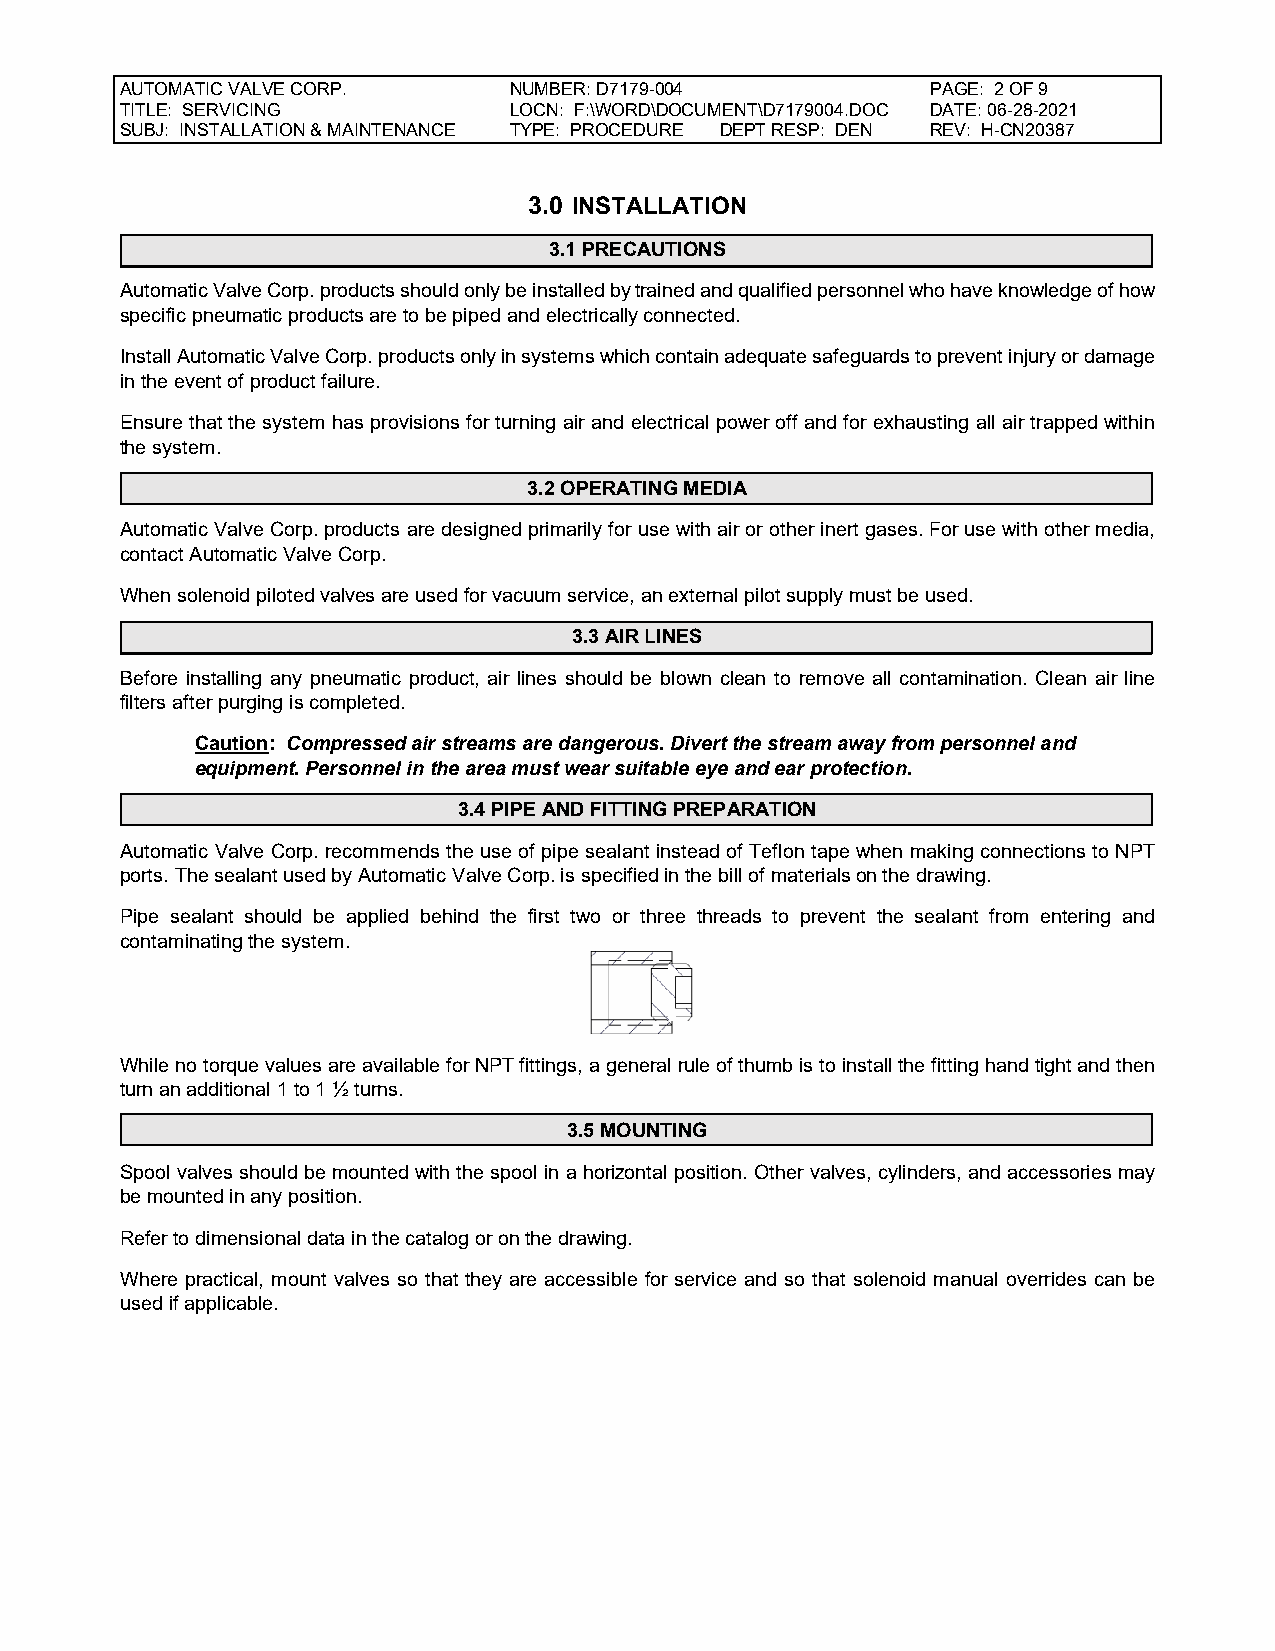
AUTOMATIC VALVE CORP.     NUMBER: D7179-004           PAGE: 2 OF 9
 TITLE: SERVICING          LOCN: F:\WORD\DOCUMENT\D7179004.DOC DATE: 06-28-2021
 SUBJ: INSTALLATION & MAINTENANCE TYPE: PROCEDURE DEPT RESP: DEN REV: H-CN20387
 3.0 INSTALLATION
 3.1 PRECAUTIONS
 Automatic Valve Corp. products should only be installed by trained and qualified personnel who have knowledge of how
 specific pneumatic products are to be piped and electrically connected.
 Install Automatic Valve Corp. products only in systems which contain adequate safeguards to prevent injury or damage
 in the event of product failure.
 Ensure that the system has provisions for turning air and electrical power off and for exhausting all air trapped within
 the system.
 3.2 OPERATING MEDIA
 Automatic Valve Corp. products are designed primarily for use with air or other inert gases. For use with other media,
 contact Automatic Valve Corp.
 When solenoid piloted valves are used for vacuum service, an external pilot supply must be used.
 3.3 AIR LINES
 Before installing any pneumatic product, air lines should be blown clean to remove all contamination. Clean air line
 filters after purging is completed.
 Caution: Compressed air streams are dangerous. Divert the stream away from personnel and
 equipment. Personnel in the area must wear suitable eye and ear protection.
 3.4 PIPE AND FITTING PREPARATION
 Automatic Valve Corp. recommends the use of pipe sealant instead of Teflon tape when making connections to NPT
 ports. The sealant used by Automatic Valve Corp. is specified in the bill of materials on the drawing.
 Pipe sealant should be applied behind the first two or three threads to prevent the sealant from entering and
 contaminating the system.
 While no torque values are available for NPT fittings, a general rule of thumb is to install the fitting hand tight and then
 turn an additional 1 to 1 ½ turns.
 3.5 MOUNTING
 Spool valves should be mounted with the spool in a horizontal position. Other valves, cylinders, and accessories may
 be mounted in any position.
 Refer to dimensional data in the catalog or on the drawing.
 Where practical, mount valves so that they are accessible for service and so that solenoid manual overrides can be
 used if applicable.